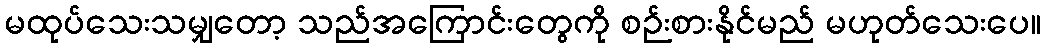
မထုပ်သေးသမျှတော့ သည်အကြောင်းတွေကို စဉ်းစားနိုင်မည် မဟုတ်သေးပေ။